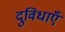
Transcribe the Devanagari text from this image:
दुविधाएँ